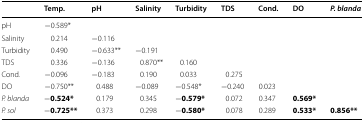
<table><thead><tr><td></td><td><b>Temp.</b></td><td><b>pH</b></td><td><b>Salinity</b></td><td><b>Turbidity</b></td><td><b>TDS</b></td><td><b>Cond.</b></td><td><b>DO</b></td><td><b><i>P. blanda</i></b></td></tr></thead><tbody><tr><td>pH</td><td>−0.589*</td><td></td><td></td><td></td><td></td><td></td><td></td><td></td></tr><tr><td>Salinity</td><td>0.214</td><td>−0.116</td><td></td><td></td><td></td><td></td><td></td><td></td></tr><tr><td>Turbidity</td><td>0.490</td><td>−0.633**</td><td>−0.191</td><td></td><td></td><td></td><td></td><td></td></tr><tr><td>TDS</td><td>0.336</td><td>−0.136</td><td>0.870**</td><td>0.160</td><td></td><td></td><td></td><td></td></tr><tr><td>Cond.</td><td>−0.096</td><td>−0.183</td><td>0.190</td><td>0.033</td><td>0.275</td><td></td><td></td><td></td></tr><tr><td>DO</td><td>−0.750**</td><td>0.488</td><td>−0.089</td><td>−0.548*</td><td>−0.240</td><td>0.023</td><td></td><td></td></tr><tr><td><i>P. blanda</i></td><td>−<b>0.524*</b></td><td>0.179</td><td>0.345</td><td>−<b>0.579*</b></td><td>0.072</td><td>0.347</td><td><b>0.569*</b></td><td></td></tr><tr><td><i>P. sol</i></td><td>−<b>0.725**</b></td><td>0.373</td><td>0.298</td><td>−<b>0.580*</b></td><td>0.078</td><td>0.289</td><td><b>0.533*</b></td><td><b>0.856**</b></td></tr></tbody></table>